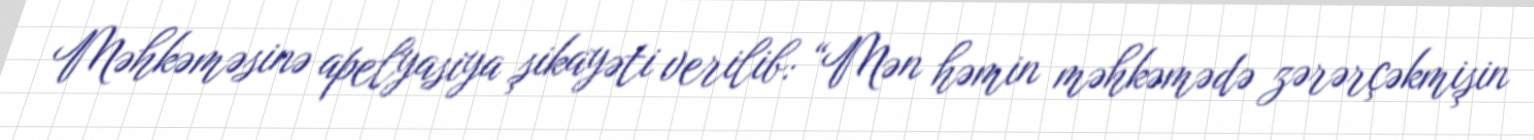
Məhkəməsinə apelyasiya şikayəti verilib: “Mən həmin məhkəmədə zərərçəkmişin